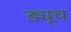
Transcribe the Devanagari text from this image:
ड्यूच